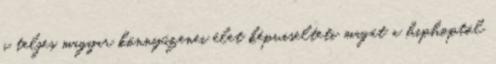
a teljes magyar könnyűzenei élet képviselteti magát a hiphoptól